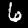
Digit: 6